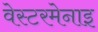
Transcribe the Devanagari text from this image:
वेस्टरमेनाइ